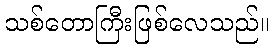
သစ်တောကြီးဖြစ်လေသည်။